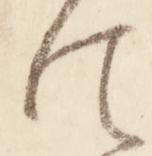
法